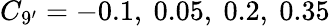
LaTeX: C_{9^{\prime}}=-0.1,~0.05,~0.2,~0.35